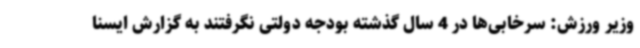
وزیر ورزش: سرخابی‌ها در 4 سال گذشته بودجه دولتی نگرفتند به گزارش ایسنا